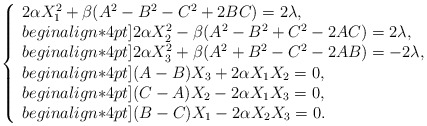
\begin{align*}\left\{\begin{array}{l} 2 \alpha X_1^2+\beta (A^2- B^2-C^2+2BC) =2\lambda, \\begin{align*}4pt]2 \alpha X_2^2-\beta(A^2-B^2+C^2-2AC)=2\lambda, \\begin{align*}4pt]2 \alpha X_3^2+\beta(A^2+B^2-C^2-2AB)=-2\lambda, \\begin{align*}4pt](A-B)X_3+2\alpha X_1X_2 =0, \\begin{align*}4pt](C-A)X_2-2\alpha X_1X_3 =0, \\begin{align*}4pt](B-C)X_1-2\alpha X_2X_3 =0.\end{array}\right.\end{align*}